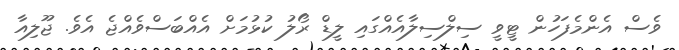
ވެސް އެންމެފަހުން ޓީވީ ސިލްސިލާއެއްގައި ލީޑް ރޯލު ކުޅުމަށް އެއްބަސްވެއްޖެ އެވެ. ޖޫލިއާ